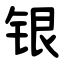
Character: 银